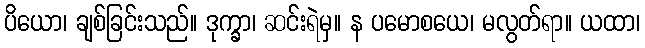
ပိယော၊ ချစ်ခြင်းသည်။ ဒုက္ခာ၊ ဆင်းရဲမှ။ န ပမောစယေ၊ မလွတ်ရာ။ ယထာ၊